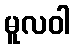
မူလဝါ